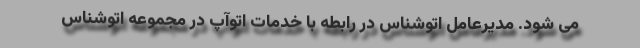
می شود. مدیرعامل اتوشناس در رابطه با خدمات اتوآپ در مجموعه اتوشناس